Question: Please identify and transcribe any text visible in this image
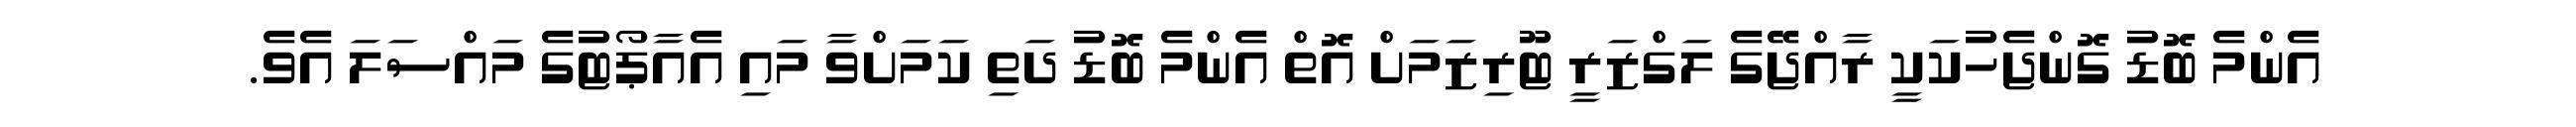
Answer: އެންމެ ބޮޑު ގޮންޖެހުކަކީ ރާއްޖޭގެ ލަގްޒަރީ ޓޫރިޒަމަށް އޮތް އެންމެ ބޮޑު ދަތި ކަމަށްވާ މައި އެއާޕޯޓުގެ މައްސަލަ އެވެ.